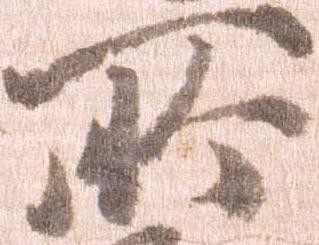
所